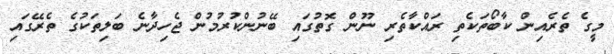
މީގެ ތެރެއިން ކާބޯތަކެތި ރައްކާތެރި ނޫން ގޮތުގައި ބޭނުންކުރުމުން ޖެހިދާނެ ބަލިތަކުގެ ތެރޭގައި